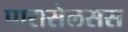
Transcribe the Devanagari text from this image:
पारासेलसस